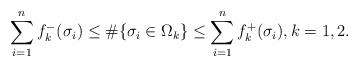
LaTeX: \begin{align*}\sum_{i=1}^n f^{-}_k(\sigma_i) \leq\#\{\sigma_i \in \Omega_k\} \leq \sum_{i=1}^n f^{+}_k(\sigma_i), k=1,2.\end{align*}